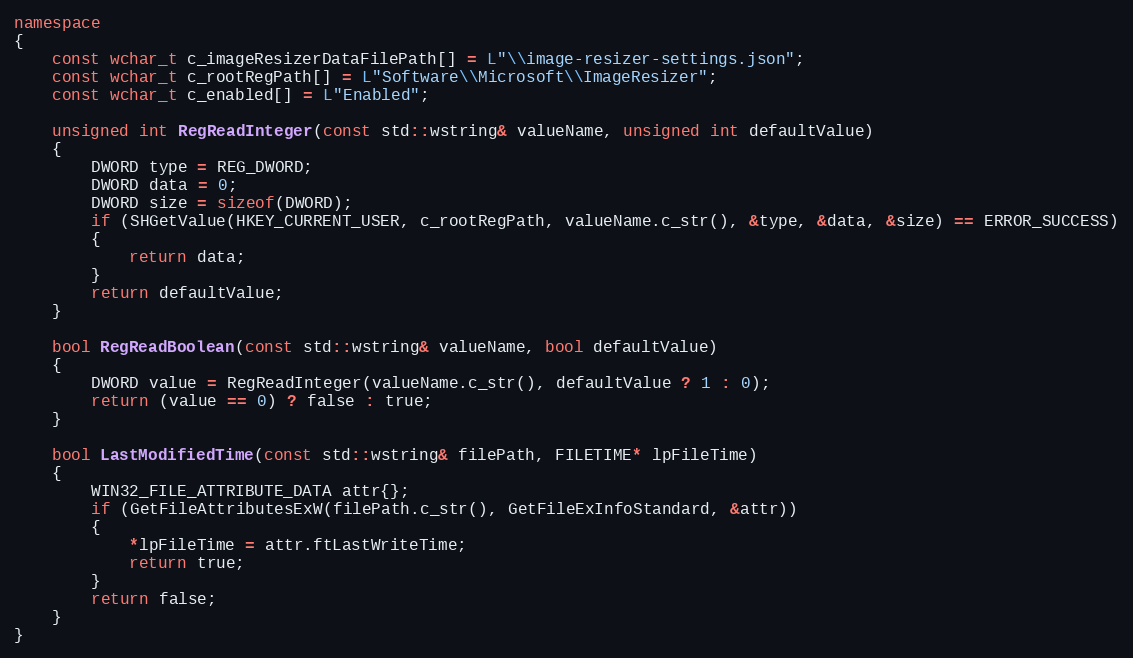
Language: C++
namespace
{
    const wchar_t c_imageResizerDataFilePath[] = L"\\image-resizer-settings.json";
    const wchar_t c_rootRegPath[] = L"Software\\Microsoft\\ImageResizer";
    const wchar_t c_enabled[] = L"Enabled";

    unsigned int RegReadInteger(const std::wstring& valueName, unsigned int defaultValue)
    {
        DWORD type = REG_DWORD;
        DWORD data = 0;
        DWORD size = sizeof(DWORD);
        if (SHGetValue(HKEY_CURRENT_USER, c_rootRegPath, valueName.c_str(), &type, &data, &size) == ERROR_SUCCESS)
        {
            return data;
        }
        return defaultValue;
    }

    bool RegReadBoolean(const std::wstring& valueName, bool defaultValue)
    {
        DWORD value = RegReadInteger(valueName.c_str(), defaultValue ? 1 : 0);
        return (value == 0) ? false : true;
    }

    bool LastModifiedTime(const std::wstring& filePath, FILETIME* lpFileTime)
    {
        WIN32_FILE_ATTRIBUTE_DATA attr{};
        if (GetFileAttributesExW(filePath.c_str(), GetFileExInfoStandard, &attr))
        {
            *lpFileTime = attr.ftLastWriteTime;
            return true;
        }
        return false;
    }
}